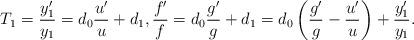
LaTeX: \begin{align*} T_1 = \frac{y_1'}{y_1} = d_0 \frac{u'}{u} + d_1, \frac{f'}{f} = d_0 \frac{g'}{g} + d_1 = d_0 \left( \frac{g'}{g} - \frac{u'}{u} \right) + \frac{y_1'}{y_1} .\end{align*}